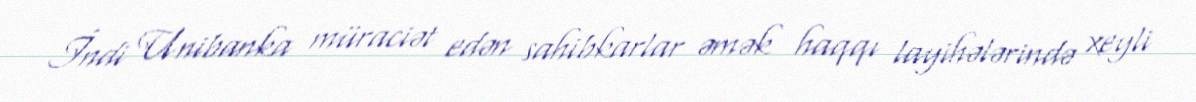
İndi Unibanka müraciət edən sahibkarlar əmək haqqı layihələrində xeyli